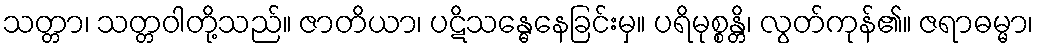
သတ္တာ၊ သတ္တဝါတို့သည်။ ဇာတိယာ၊ ပဋိသန္ဓေနေခြင်းမှ။ ပရိမုစ္စန္တိ၊ လွတ်ကုန်၏။ ဇရာဓမ္မာ၊